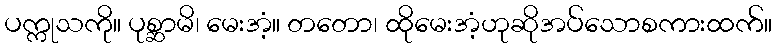
ပက္ကုသကို။ ပုစ္ဆာမိ၊ မေးအံ့။ တတော၊ ထိုမေးအံ့ဟုဆိုအပ်သောစကားထက်။